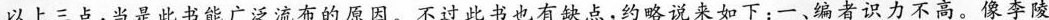
以上三点，当是此书能广泛流布的原因。不过此书也有缺点，约略说来如下：一、编者识力不高。像李陵